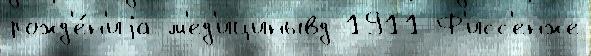
рожд'е́н'иjа м'ед'ицинывд 1911 Ф'исс'енже